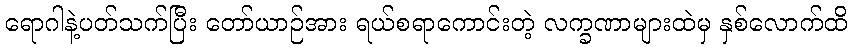
ရောဂါနဲ့ပတ်သက်ပြီး တော်ယာဉ်အား ရယ်စရာကောင်းတဲ့ လက္ခဏာများထဲမှ နှစ်လောက်ထိ